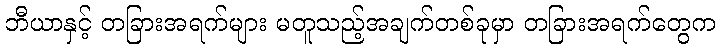
ဘီယာနှင့် တခြားအရက်များ မတူသည့်အချက်တစ်ခုမှာ တခြားအရက်တွေက